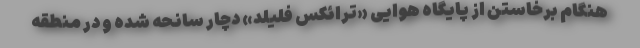
هنگام برخاستن از پایگاه هوایی «ترائکس فلیلد» دچار سانحه شده و در منطقه